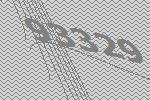
93329